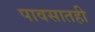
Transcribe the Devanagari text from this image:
पावसातही